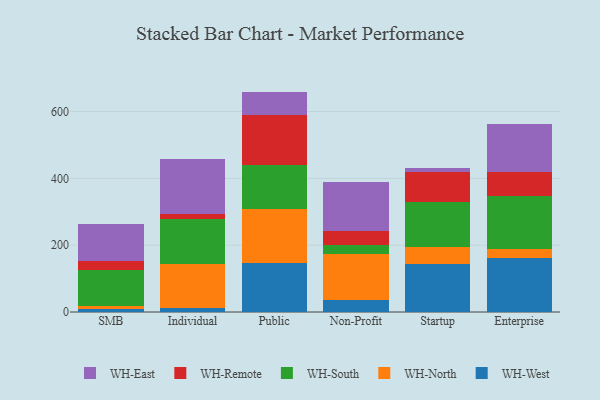
{"axis": {"x": "Segment", "y": "Bounce Rate (%)"}, "legend": ["WH-East", "WH-North", "WH-Remote", "WH-South", "WH-West"], "data": [{"x": "SMB", "y": 9.0, "type": "WH-West"}, {"x": "SMB", "y": 7.5, "type": "WH-North"}, {"x": "SMB", "y": 110.4, "type": "WH-South"}, {"x": "SMB", "y": 24.6, "type": "WH-Remote"}, {"x": "SMB", "y": 112.3, "type": "WH-East"}, {"x": "Individual", "y": 11.7, "type": "WH-West"}, {"x": "Individual", "y": 131.6, "type": "WH-North"}, {"x": "Individual", "y": 134.6, "type": "WH-South"}, {"x": "Individual", "y": 15.7, "type": "WH-Remote"}, {"x": "Individual", "y": 165.4, "type": "WH-East"}, {"x": "Public", "y": 147.4, "type": "WH-West"}, {"x": "Public", "y": 162.1, "type": "WH-North"}, {"x": "Public", "y": 130.0, "type": "WH-South"}, {"x": "Public", "y": 149.2, "type": "WH-Remote"}, {"x": "Public", "y": 71.0, "type": "WH-East"}, {"x": "Non-Profit", "y": 37.4, "type": "WH-West"}, {"x": "Non-Profit", "y": 135.0, "type": "WH-North"}, {"x": "Non-Profit", "y": 29.1, "type": "WH-South"}, {"x": "Non-Profit", "y": 41.9, "type": "WH-Remote"}, {"x": "Non-Profit", "y": 145.4, "type": "WH-East"}, {"x": "Startup", "y": 144.5, "type": "WH-West"}, {"x": "Startup", "y": 50.0, "type": "WH-North"}, {"x": "Startup", "y": 135.4, "type": "WH-South"}, {"x": "Startup", "y": 89.6, "type": "WH-Remote"}, {"x": "Startup", "y": 10.1, "type": "WH-East"}, {"x": "Enterprise", "y": 162.1, "type": "WH-West"}, {"x": "Enterprise", "y": 27.0, "type": "WH-North"}, {"x": "Enterprise", "y": 159.2, "type": "WH-South"}, {"x": "Enterprise", "y": 72.1, "type": "WH-Remote"}, {"x": "Enterprise", "y": 141.1, "type": "WH-East"}]}